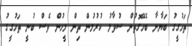
ތަހުގީގު ބަޔާނާ ބެހޭގޮތުން ސުވާލު ކުރުމުން ތިން މީހުން ވެސް ބުނީ ތަހުގީގު